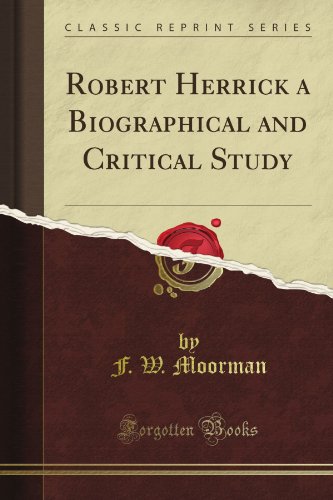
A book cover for Robert Herrick a Biographical and Critical Study (Classic Reprint); F. W. Moorman; Literature & Fiction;